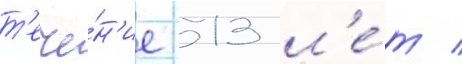
т'ече́н'ие 13 л'е́т /